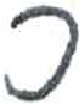
אות: כ